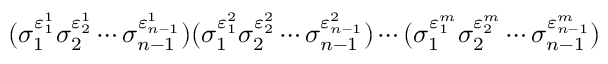
( \sigma _ { 1 } ^ { \varepsilon _ { 1 } ^ { 1 } } \sigma _ { 2 } ^ { \varepsilon _ { 2 } ^ { 1 } } \cdots \sigma _ { n - 1 } ^ { \varepsilon _ { n - 1 } ^ { 1 } } ) ( \sigma _ { 1 } ^ { \varepsilon _ { 1 } ^ { 2 } } \sigma _ { 2 } ^ { \varepsilon _ { 2 } ^ { 2 } } \cdots \sigma _ { n - 1 } ^ { \varepsilon _ { n - 1 } ^ { 2 } } ) \cdots ( \sigma _ { 1 } ^ { \varepsilon _ { 1 } ^ { m } } \sigma _ { 2 } ^ { \varepsilon _ { 2 } ^ { m } } \cdots \sigma _ { n - 1 } ^ { \varepsilon _ { n - 1 } ^ { m } } )